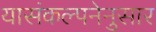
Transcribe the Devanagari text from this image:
यासंकल्पनेनुसार